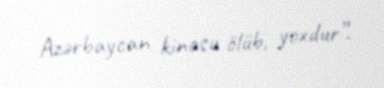
Azərbaycan kinosu ölüb, yoxdur”.